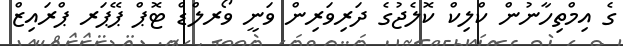
ގެ އިމްތިހާނުން ކްލިކް ކޮލެޖުގެ ދަރިވަރިން ވަނީ ވޯރލްޑް ޓޮޕް ޕޭޕަރ ޕްރައިޒް